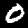
Label: 0